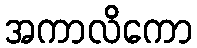
အကာလိကော